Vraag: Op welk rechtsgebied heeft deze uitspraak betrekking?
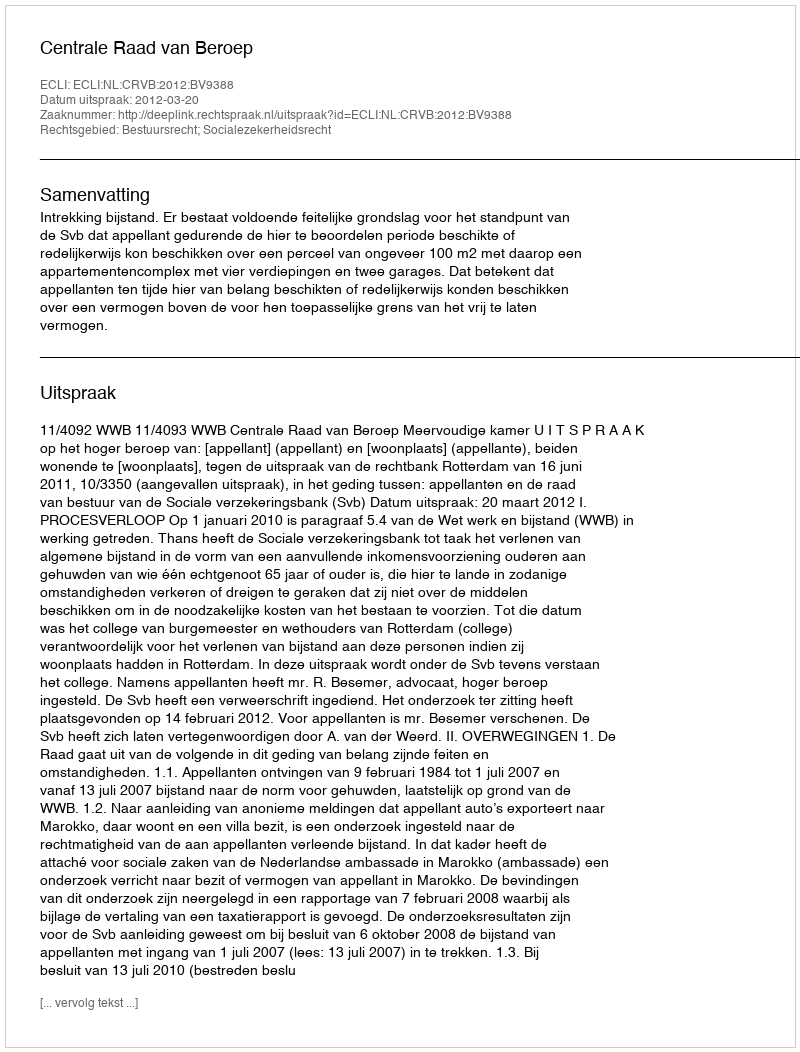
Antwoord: Bestuursrecht; Socialezekerheidsrecht